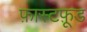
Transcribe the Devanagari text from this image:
फ़ास्टफ़ूड